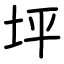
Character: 坪